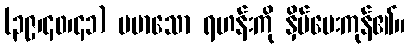
(၃၉၊၄၀၊၄၁) မမာသော ရဟန်းကို နှိပ်ပေးကုန်၏။